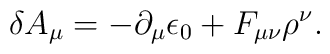
\delta A_{\mu} = - {\partial_{\mu} \epsilon_{0}} + F_{\mu \nu}\rho^{\nu}.